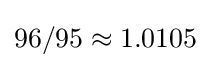
96/95\approx 1.0105